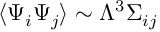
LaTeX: \langle \Psi _ { i } \Psi _ { j } \rangle \sim \Lambda ^ { 3 } \Sigma _ { i j }